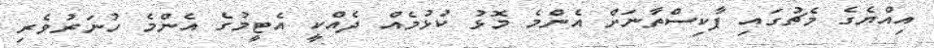
އިއްޔެގެ މެޗުގައި ޕާކިސްތާނަށް އެންމެ މޮޅު ކުޅުމެއް ދެއްކީ އެޓީމުގެ އެންމެ ހުނަރުވެރި